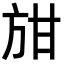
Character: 𭤭